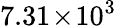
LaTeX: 7.31\! \times\! 10^{3}